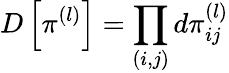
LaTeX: D\left[\pi^{(l)}\right]=\prod_{(i,j)}d\pi_{ij}^{(l)}